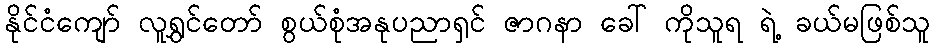
နိုင်ငံကျော် လူရွှင်တော် စွယ်စုံအနုပညာရှင် ဇာဂနာ ခေါ် ကိုသူရ ရဲ့ ခယ်မဖြစ်သူ